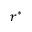
r ^ { * }